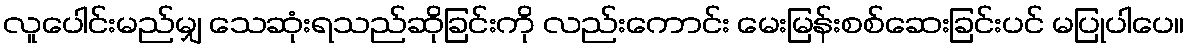
လူပေါင်းမည်မျှ သေဆုံးရသည်ဆိုခြင်းကို လည်းကောင်း မေးမြန်းစစ်ဆေးခြင်းပင် မပြုပါပေ။